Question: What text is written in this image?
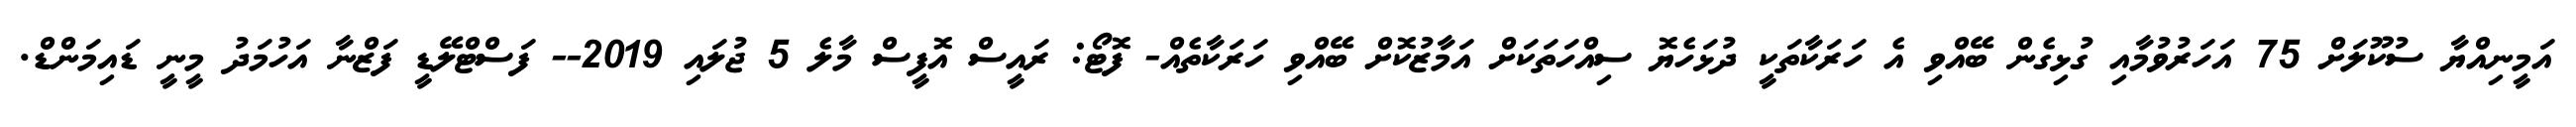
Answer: އަމީނިއްޔާ ސުކޫލަށް 75 އަހަރުވުމާއި ގުޅިގެން ބޭއްވި އެ ހަރަކާތަކީ ދުޅަހެޔޮ ސިއްހަތަކަށް އަމާޒުކޮށް ބޭއްވި ހަރަކާތެއް- ފޮޓޯ: ރައީސް އޮފީސް މާލެ 5 ޖުލައި 2019-- ފަސްޓްލޭޑީ ފަޒްނާ އަހުމަދު މީނީ ޑައިމަންޑް.